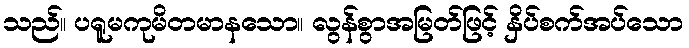
သည်။ ပရူမကုမိတမာနသော။ လွန်စွာအမြတ်ဖြင့် နှိပ်စက်အပ်သော